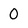
Character: 0